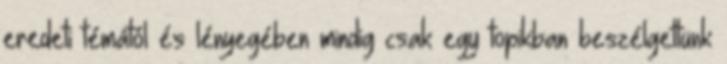
eredeti témától és lényegében mindig csak egy topikban beszélgettünk